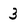
Character: 3